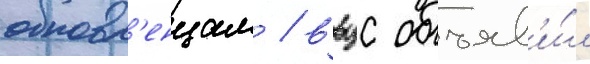
обновл'енцам / ввцс объяв'и́л